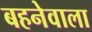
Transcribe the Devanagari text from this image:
बहनेवाला